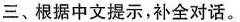
三、根据中文提示,补全对话。